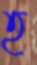
হ